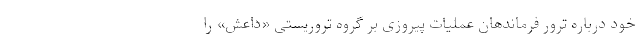
خود درباره ترور فرماندهان عملیات پیروزی بر گروه تروریستی «داعش» را